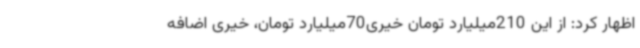
اظهار کرد: از این 210میلیارد تومان خیری70میلیارد تومان، خیری اضافه